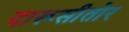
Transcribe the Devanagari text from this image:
दारूसीतोर